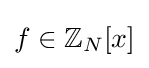
f\in \mathbb {Z} _{N}[x]